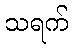
သရက်